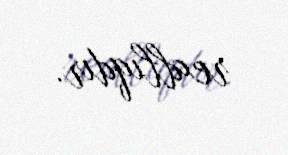
reallıqdır.